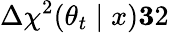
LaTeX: \Delta\chi^{2}(\theta_{t}\mid x)\le 32